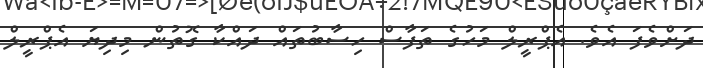
ދަށްވެފަ އެވެ. އެޕްރީލް މަހުގެ ތަފާސް ހިސާބުތައް ދައްކާ ގޮތުން މިދިޔަ އެޕްރީލް